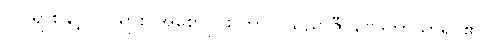
၂၀ ရာစုနှင့် ၂၁ ရာစု အစောပိုင်း ကာလသည် ဇီဝဗေဒဘာသာရပ်၏